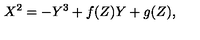
X ^ { 2 } = - Y ^ { 3 } + f ( Z ) Y + g ( Z ) ,